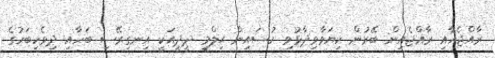
ރާއްޖެއާއި ރާއްޖެއިން ބޭރުން ކިޔަވާވިދާޅުވި ހުސައިން ޙިލްމީ ދީދީއަކީ އިނގިރޭސި ބަހާއި ދިވެހިބަހުގެ